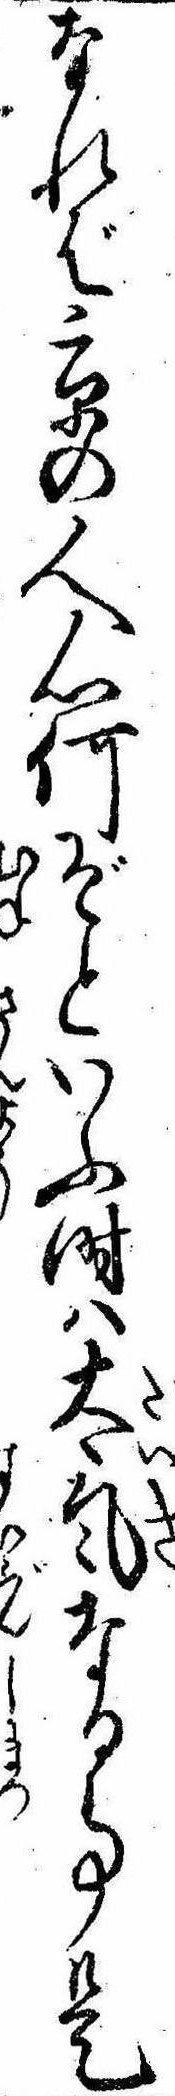
なれば京の人心何ぞといふ時は大気なる事是